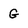
Character: G